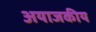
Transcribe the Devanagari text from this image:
अयाजकीय